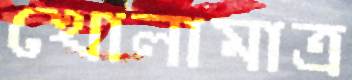
খোলামাত্র